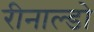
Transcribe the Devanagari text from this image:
रीनाल्डो